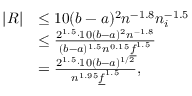
\begin{array} { r l } { | R | } & { \le 1 0 ( b - a ) ^ { 2 } n ^ { - 1 . 8 } n _ { i } ^ { - 1 . 5 } } \\ & { \le \frac { 2 ^ { 1 . 5 } \cdot 1 0 ( b - a ) ^ { 2 } n ^ { - 1 . 8 } } { ( b - a ) ^ { 1 . 5 } n ^ { 0 . 1 5 } \underline { { f } } ^ { 1 . 5 } } } \\ & { = \frac { 2 ^ { 1 . 5 } \cdot 1 0 ( b - a ) ^ { 1 / 2 } } { n ^ { 1 . 9 5 } \underline { { f } } ^ { 1 . 5 } } , } \end{array}